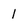
Character: 1